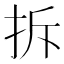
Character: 拆